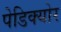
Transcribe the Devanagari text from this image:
पेडिक्‍योर